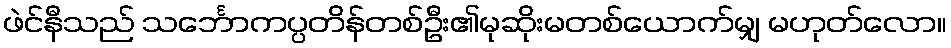
ဖဲင်နီသည် သင်္ဘောကပ္ပတိန်တစ်ဦး၏မုဆိုးမတစ်ယောက်မျှ မဟုတ်လော။